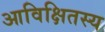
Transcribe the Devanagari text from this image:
आविक्षितस्य